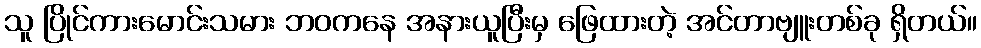
သူ ပြိုင်ကားမောင်းသမား ဘဝကနေ အနားယူပြီးမှ ဖြေထားတဲ့ အင်တာဗျူးတစ်ခု ရှိတယ်။